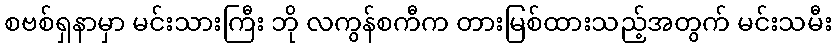
စဗစ်ရှနာမှာ မင်းသားကြီး ဘို လကွန်စကီက တားမြစ်ထားသည့်အတွက် မင်းသမီး